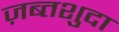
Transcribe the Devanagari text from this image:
ज़ब्तशुदा